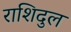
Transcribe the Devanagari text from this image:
राशिदुल